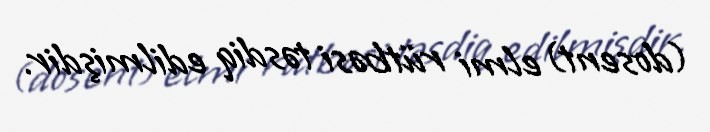
(dosent) elmi rütbəsi təsdiq edilmişdir.